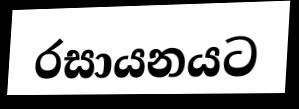
රසායනයට